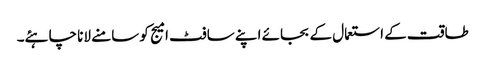
طاقت کے استعمال کے بجائے اپنے سافٹ امیج کو سامنے لانا چاہئے۔